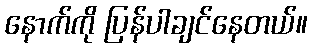
နောက်ကို ပြန်ပါချင်နေတယ်။